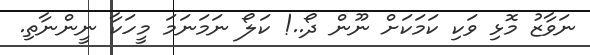
ނަވާޒު މޮޅި ވަކި ކަމަކަށް ނޫން ދޯ..! ކަލޯ ނަމަނަމަ މީހަކާ ނީންނާތި.